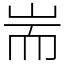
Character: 耑